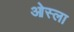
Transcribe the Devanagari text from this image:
ओस्ला